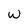
Character: w